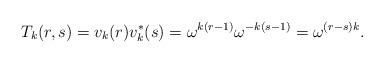
LaTeX: \begin{align*} T_{k}(r,s)=v_{k}(r)v_{k}^{\ast}(s)=\omega^{k(r-1)}\omega^{-k(s-1)}= \omega^{(r-s)k}.\end{align*}